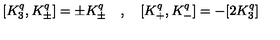
[ K _ { 3 } ^ { q } , K _ { \pm } ^ { q } ] = \pm K _ { \pm } ^ { q } \quad , \quad [ K _ { + } ^ { q } , K _ { - } ^ { q } ] = - [ 2 K _ { 3 } ^ { q } ]